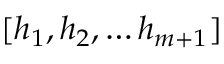
[ h _ { 1 } , h _ { 2 } , \ldots h _ { m + 1 } ]